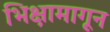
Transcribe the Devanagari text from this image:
भिक्षामागून